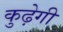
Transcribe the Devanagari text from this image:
कुढ़ेगी